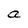
Character: a